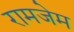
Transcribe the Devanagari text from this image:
रामजेम